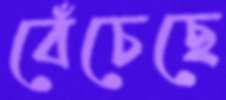
বেঁচেছে